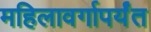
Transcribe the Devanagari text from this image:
महिलावर्गापर्यंत